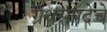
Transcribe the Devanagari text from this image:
ग्रंथसंपदेचे